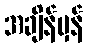
အချိန်မှန်